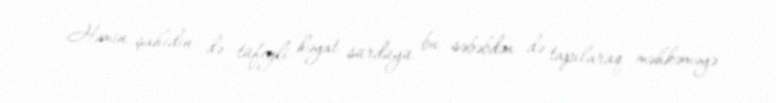
Həmin şahidin də tüfeyli həyat sürdüyü bu səbəbdən də tapılaraq məhkəməyə